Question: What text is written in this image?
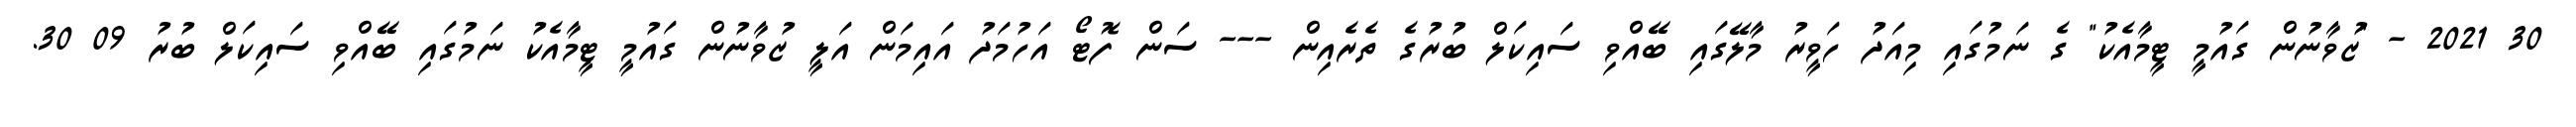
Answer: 30 2021 - "ޒުވާނުން ގައުމީ ޓީމާއެކު" ގެ ނަމުގައި މިއަދު ހަވީރު މާލޭގައި ބޭއްވި ސައިކަލް ބުރުގެ ތެރެއިން --- ސަން ފޮޓޯ އަހުމަދު އައިމަން އަލީ ޒުވާނުން ގައުމީ ޓީމާއެކު ނަމުގައި ބޭއްވި ސައިކަލް ބުރު 09 30.